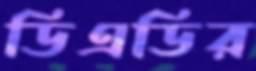
ডিএডির